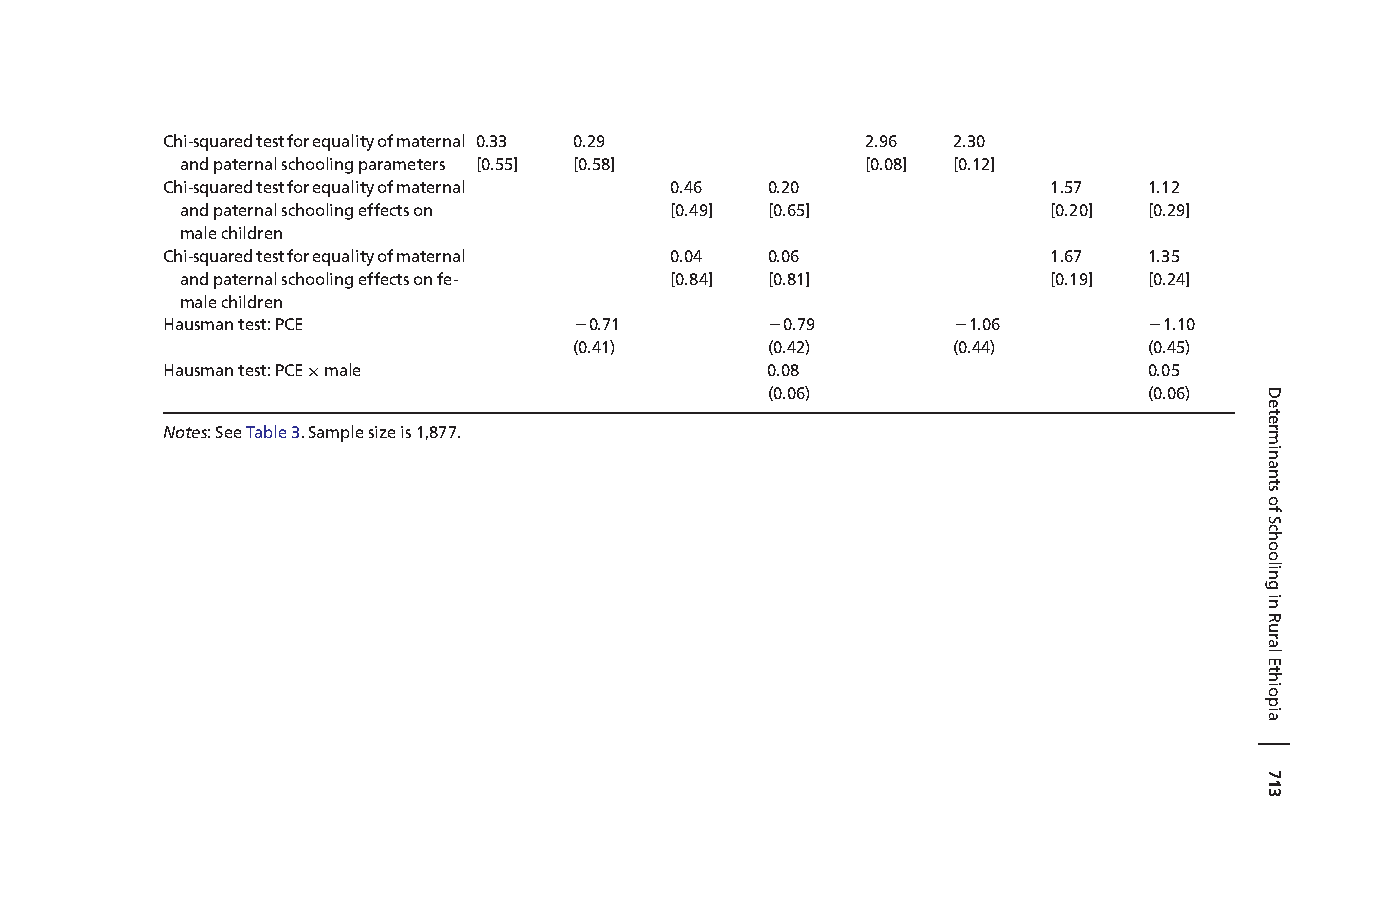
Chi-squaredtestforequalityofmaternal 0.33 0.29 2.96 2.30
 andpaternalschoolingparameters [0.55] [0.58] [0.08] [0.12]
 Chi-squaredtestforequalityofmaternal 0.46 0.20             1.57  1.12
 andpaternalschoolingeffectson   [0.49] [0.65]             [0.20] [0.29]
 malechildren
 Chi-squaredtestforequalityofmaternal 0.04 0.06             1.67  1.35
 andpaternalschoolingeffectsonfe- [0.84] [0.81]            [0.19] [0.24]
 malechildren
 Hausmantest:PCE            20.71        20.79       21.06        21.10
 (0.41)       (0.42)      (0.44)       (0.45)
 Hausmantest:PCE×male                    0.08                     0.05
 (0.06)                   (0.06)
 Notes:SeeTable3.Samplesizeis1,877.
 DeterminantsofSchoolinginRuralEthiopia
 |
 713